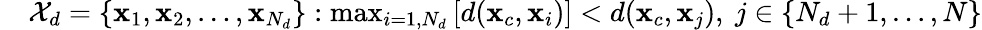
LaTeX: \begin{array}{rl}&{\mathcal{X}_{d}=\left\{ \mathbf{x}_{1},\mathbf{x}_{2},\dotsc,\mathbf{x}_{N_{d}}\right\} :\operatorname*{max}_{i=1,N_{d}}\left[d(\mathbf{x}_{c},\mathbf{x}_{i})\right]<d(\mathbf{x}_{c},\mathbf{x}_{j}),\ j\in\left\{ N_{d}+1,\dotsc,N\right\} }\end{array}